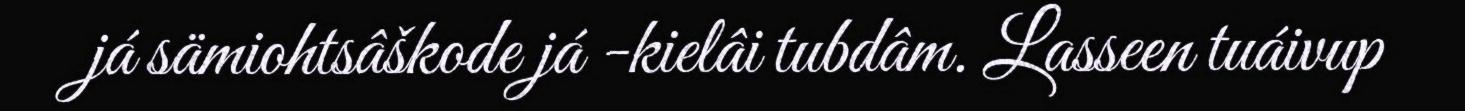
já sämiohtsâškode já -kielâi tubdâm. Lasseen tuáivup